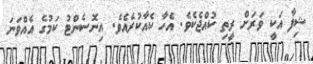
ޝިފާ އަކީ ވަރަށް ރީތި ކުއްޖެކެވެ. އެހާ ކެއާކުރެއެވެ. އިނޮސެންޓު ކަމުގެ އެއްވަނަ